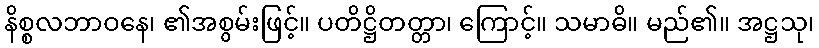
နိစ္စလဘာဝနေ၊ ၏အစွမ်းဖြင့်။ ပတိဋ္ဌိတတ္တာ၊ ကြောင့်။ သမာဓိ။ မည်၏။ အဋ္ဌသု၊